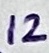
Text: 12